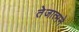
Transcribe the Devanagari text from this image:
तेजात्मने